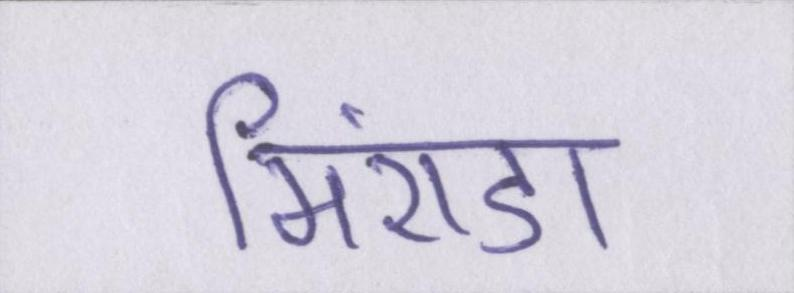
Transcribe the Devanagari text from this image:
मिरांडा